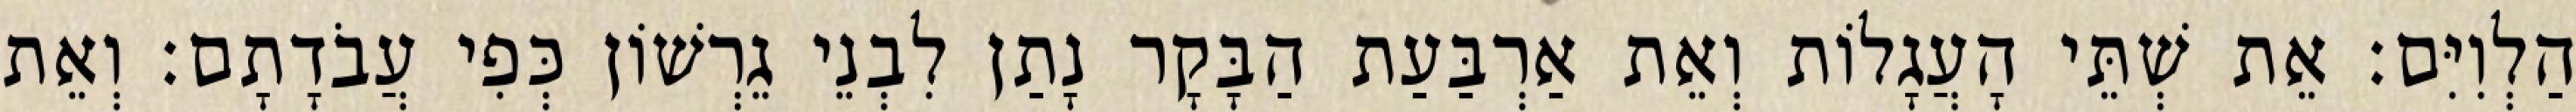
הַלְוִיִּם׃ אֵת שְׁתֵּי הָעֲגָלוֹת וְאֵת אַרְבַּעַת הַבָּקָר נָתַן לִבְנֵי גֵרְשׁוֹן כְּפִי עֲבֹדָתָם׃ וְאֵת